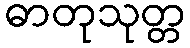
ဓာတုသုတ္တ